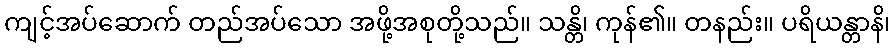
ကျင့်အပ်ဆောက် တည်အပ်သော အဖို့အစုတို့သည်။ သန္တိ၊ ကုန်၏။ တနည်း။ ပရိယန္တာနိ၊